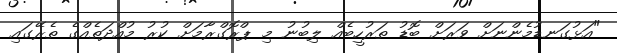
"އަޅުގަނޑުމެންނަށް ވަރަށް ބޮޑު ތަރުހީބެއް ލިބުނު މި ޕްރޮގްރާމަށް ކުރު މުއްދަތެއްގެ ތެރޭގައި